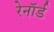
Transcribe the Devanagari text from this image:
रेनॉर्ड